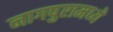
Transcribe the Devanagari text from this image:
नागपुरामध्ये